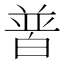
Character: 𤽽